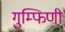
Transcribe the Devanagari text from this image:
गुम्फिणी